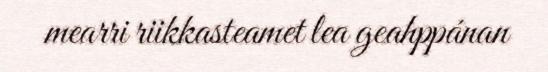
mearri riikkasteamet lea geahppánan